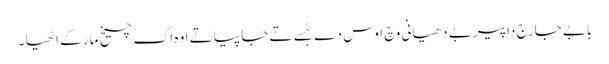
بابے جارج داپیر بے دھیانی وچ اوس دے جُسے تے جا پیا تے اوہ اک چیخ مار کے اٹھیا ۔